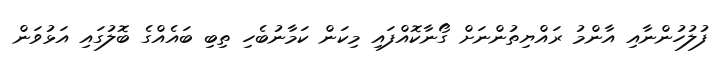
ފުލުހުންނާއި އާންމު ރައްޔިތުންނަށް ގޯނާކޮއްފައި މިކަން ކަމާނުބެހި ތިބި ބައެއްގެ ބޮލުގައި އަޅުވަން